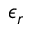
\epsilon _ { r }